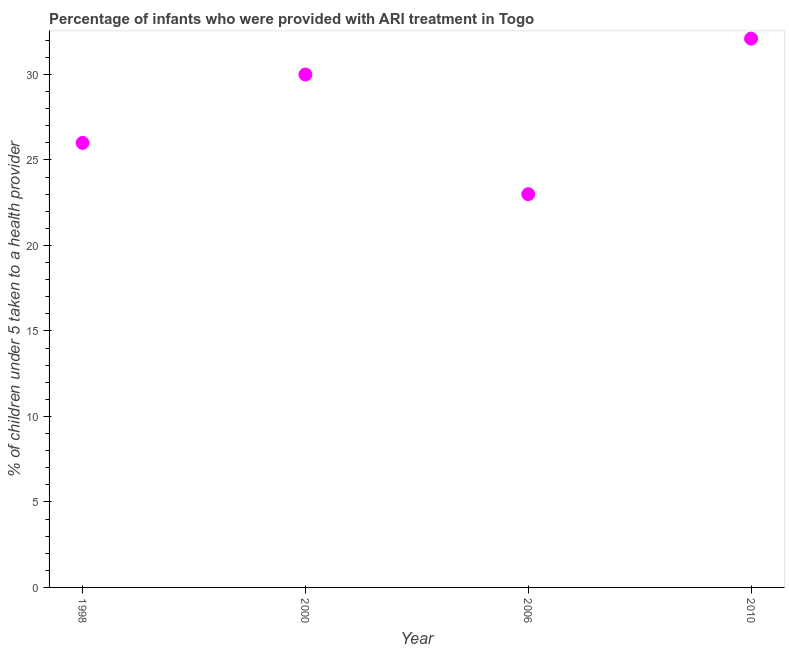
| Year | ARI treatment |
 | --- | --- |
 | 1998 | 26 |
 | 2000 | 30 |
 | 2006 | 23 |
 | 2010 | 32.1 |